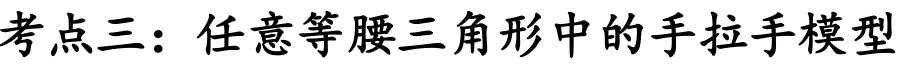
考点三：任意等腰三角形中的手拉手模型